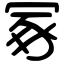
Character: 冢